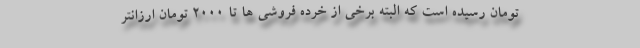
تومان رسیده است که البته برخی از خرده فروشی ها تا ۲۰۰۰ تومان ارزانتر